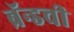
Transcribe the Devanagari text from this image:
ब्रॅन्डची